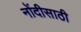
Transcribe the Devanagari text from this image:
नोंदीसाठी